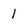
Character: 1